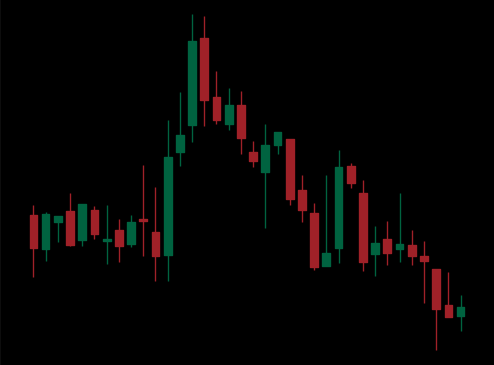
Pattern: head_shoulders